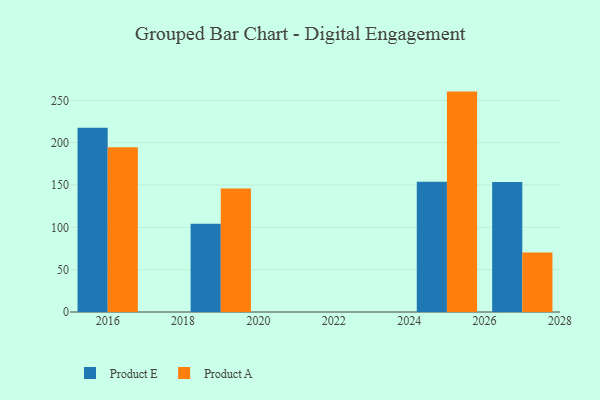
{"axis": {"x": "Year", "y": "Energy Usage (MWh)"}, "legend": ["Product A", "Product E"], "data": [{"x": "2025", "y": 153.8, "type": "Product E"}, {"x": "2025", "y": 260.3, "type": "Product A"}, {"x": "2019", "y": 104.2, "type": "Product E"}, {"x": "2019", "y": 145.9, "type": "Product A"}, {"x": "2016", "y": 217.5, "type": "Product E"}, {"x": "2016", "y": 194.6, "type": "Product A"}, {"x": "2027", "y": 153.4, "type": "Product E"}, {"x": "2027", "y": 70.3, "type": "Product A"}]}